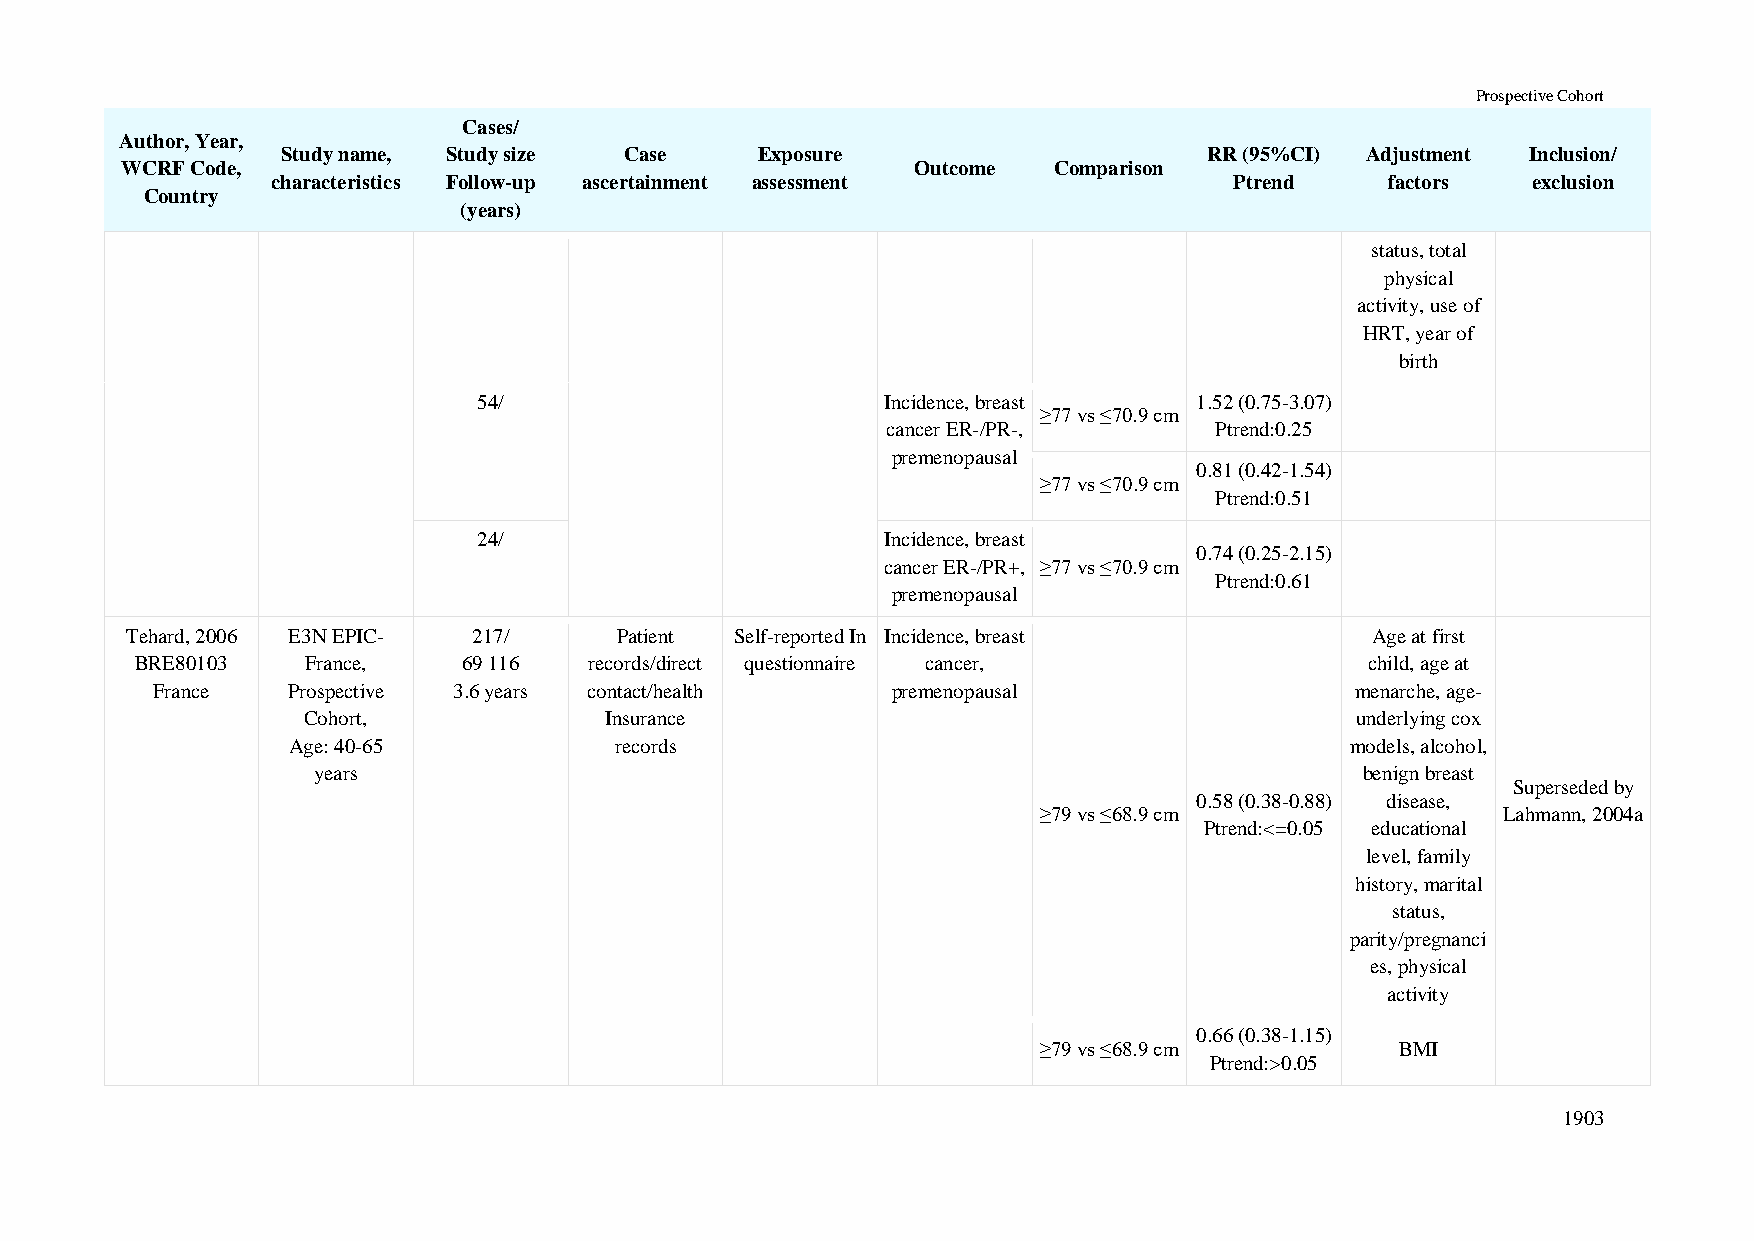
Prospective Cohort
 Cases/
 Author, Year,
 Study name, Study size Case    Exposure                      RR (95%CI) Adjustment Inclusion/
 WCRF Code,                                           Outcome  Comparison
 characteristics Follow-up ascertainment assessment              Ptrend    factors  exclusion
 Country
 (years)
 status, total
 physical
 activity, use of
 HRT, year of
 birth
 54/                        Incidence, breast   1.52 (0.75-3.07)
 ≥77 vs ≤70.9 cm
 cancer ER-/PR-,      Ptrend:0.25
 premenopausal
 0.81 (0.42-1.54)
 ≥77 vs ≤70.9 cm
 Ptrend:0.51
 24/                        Incidence, breast
 0.74 (0.25-2.15)
 cancer ER-/PR+, ≥77 vs ≤70.9 cm
 Ptrend:0.61
 premenopausal
 Tehard, 2006 E3N EPIC- 217/      Patient Self-reported In Incidence, breast        Age at first
 BRE80103   France,    69 116  records/direct questionnaire cancer,                child, age at
 France   Prospective 3.6 years contact/health    premenopausal                  menarche, age-
 Cohort,             Insurance                                         underlying cox
 Age: 40-65            records                                         models, alcohol,
 years                                                                benign breast
 Superseded by
 0.58 (0.38-0.88) disease,
 ≥79 vs ≤68.9 cm               Lahmann, 2004a
 Ptrend:<=0.05 educational
 level, family
 history, marital
 status,
 parity/pregnanci
 es, physical
 activity
 0.66 (0.38-1.15)
 ≥79 vs ≤68.9 cm         BMI
 Ptrend:>0.05
 1903